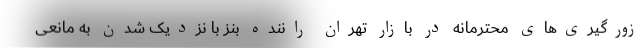
زورگیری‌های محترمانه در بازار تهران راننده بنز با نزدیک شدن به مانعی